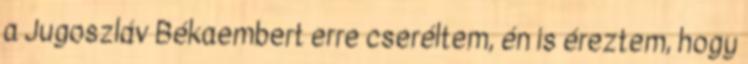
a Jugoszláv Békaembert erre cseréltem, én is éreztem, hogy